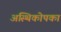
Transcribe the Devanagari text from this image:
अस्थिकोपका